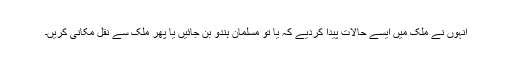
انہوں نے ملک میں ایسے حالات پیدا کردیے کہ یا تو مسلمان ہندو بن جائیں یا پھر ملک سے نقل مکانی کریں۔